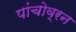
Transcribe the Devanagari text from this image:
पांचोव्रन